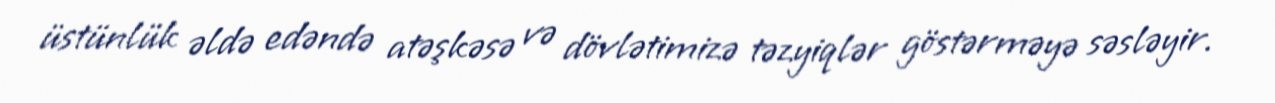
üstünlük əldə edəndə atəşkəsə və dövlətimizə təzyiqlər göstərməyə səsləyir.